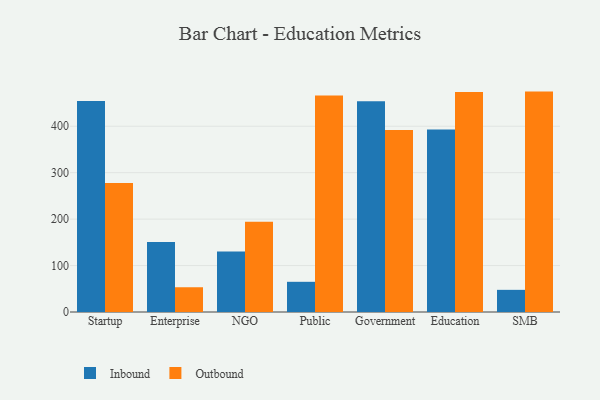
{"axis": {"x": "Segment", "y": "Energy Usage (MWh)"}, "legend": ["Inbound", "Outbound"], "data": [{"x": "Startup", "y": 454.2, "type": "Inbound"}, {"x": "Startup", "y": 277.9, "type": "Outbound"}, {"x": "Enterprise", "y": 150.8, "type": "Inbound"}, {"x": "Enterprise", "y": 53.3, "type": "Outbound"}, {"x": "NGO", "y": 130.2, "type": "Inbound"}, {"x": "NGO", "y": 194.4, "type": "Outbound"}, {"x": "Public", "y": 65.0, "type": "Inbound"}, {"x": "Public", "y": 466.0, "type": "Outbound"}, {"x": "Government", "y": 453.9, "type": "Inbound"}, {"x": "Government", "y": 391.7, "type": "Outbound"}, {"x": "Education", "y": 393.2, "type": "Inbound"}, {"x": "Education", "y": 473.7, "type": "Outbound"}, {"x": "SMB", "y": 47.7, "type": "Inbound"}, {"x": "SMB", "y": 474.6, "type": "Outbound"}]}